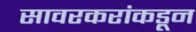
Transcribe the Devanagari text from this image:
सावरकरांकडून